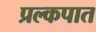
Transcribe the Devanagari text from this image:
प्रल्कपात